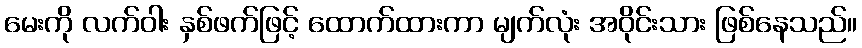
မေးကို လက်ဝါး နှစ်ဖက်ဖြင့် ထောက်ထားကာ မျက်လုံး အဝိုင်းသား ဖြစ်နေသည်။